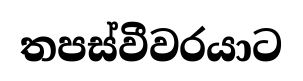
තපස්වීවරයාට